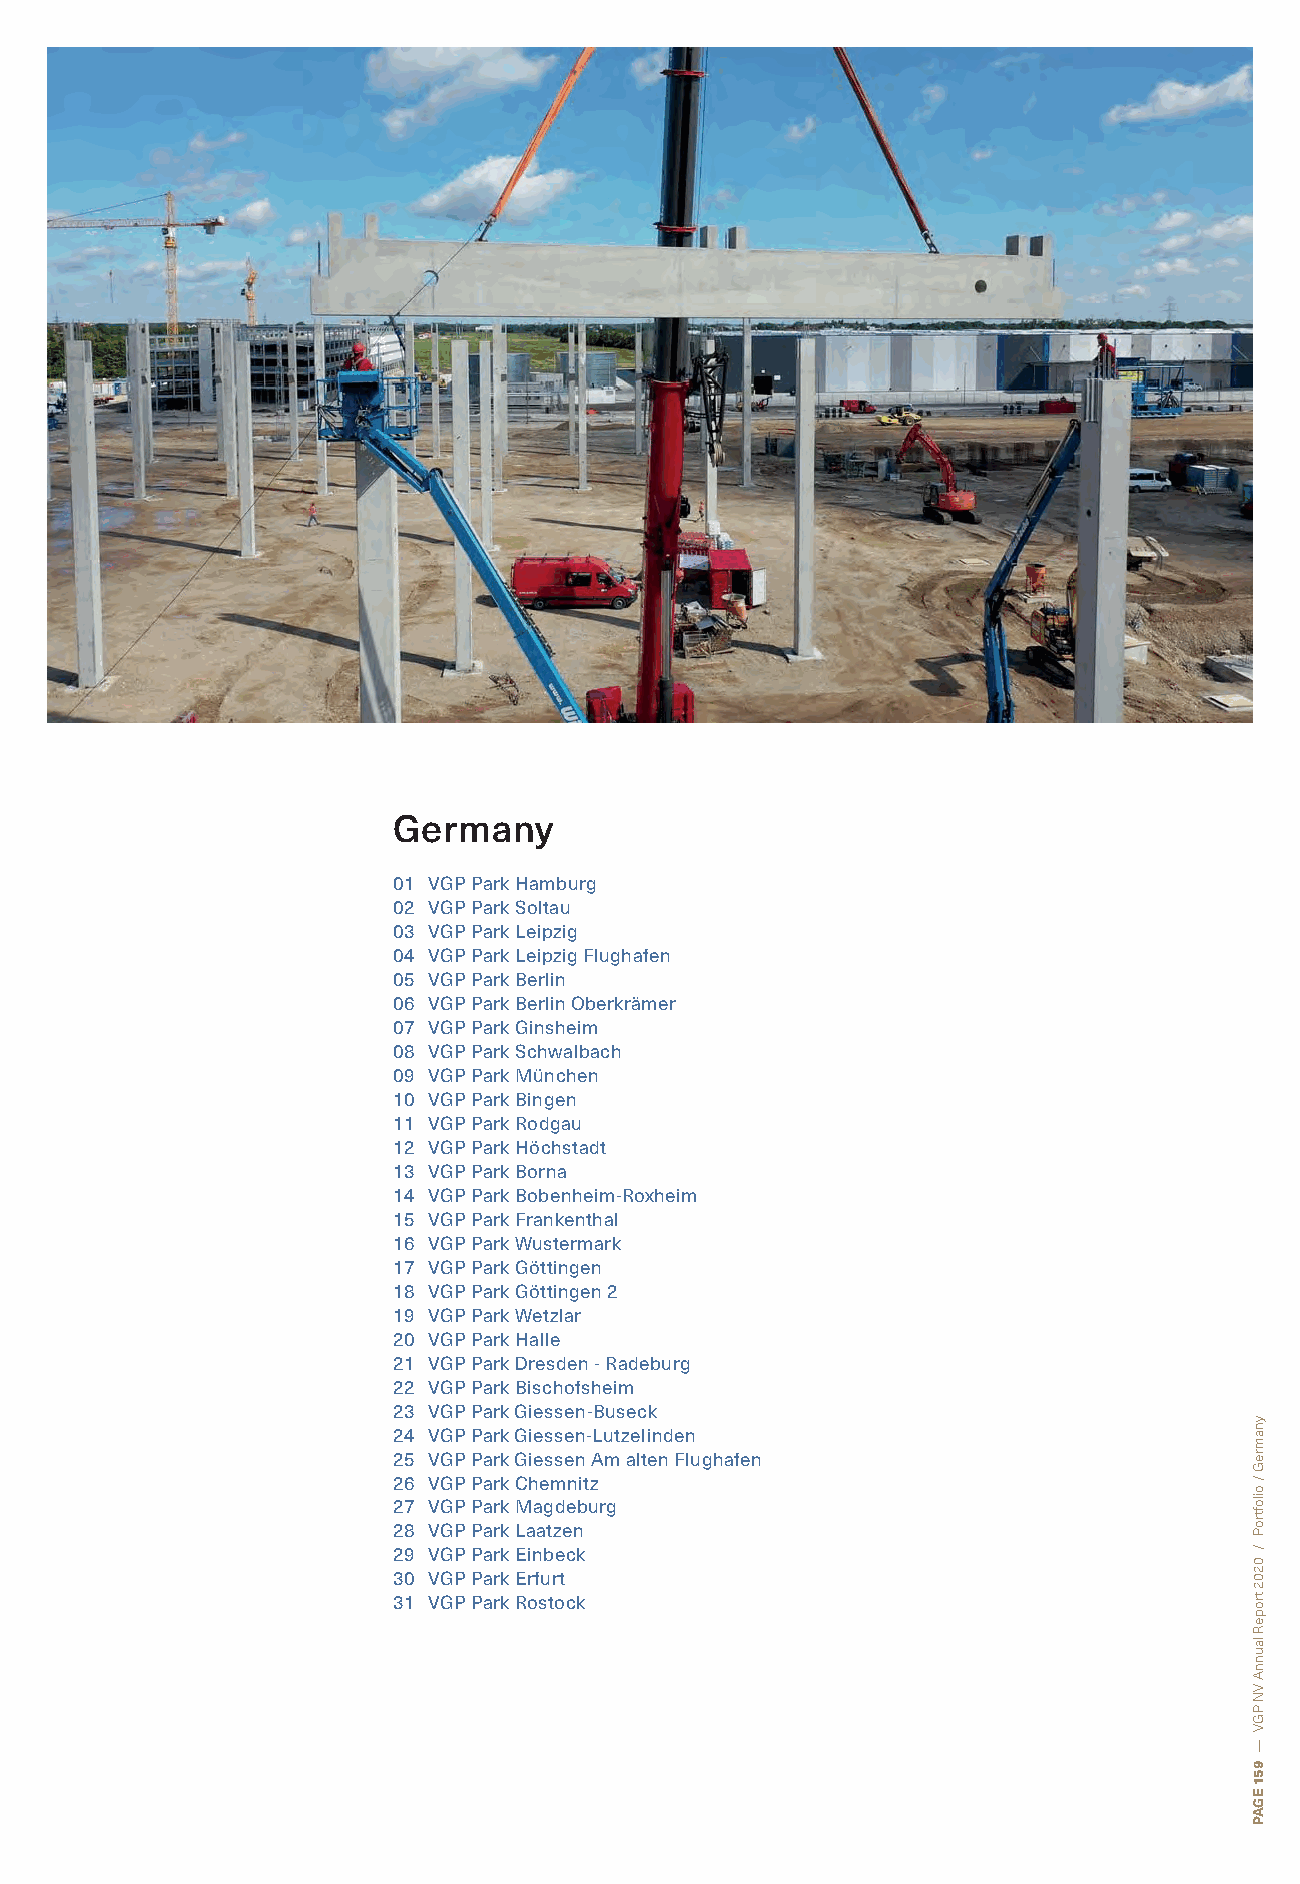
Germany
 01 VGP Park Hamburg
 02 VGP Park Soltau
 03 VGP Park Leipzig
 04 VGP Park Leipzig Flughafen
 05 VGP Park Berlin
 06 VGP Park Berlin Oberkrämer
 07 VGP Park Ginsheim
 08 VGP Park Schwalbach
 09 VGP Park München
 10 VGP Park Bingen
 11 VGP Park Rodgau
 12 VGP Park Höchstadt
 13 VGP Park Borna
 14 VGP Park Bobenheim-Roxheim
 15 VGP Park Frankenthal
 16 VGP Park Wustermark
 17 VGP Park Göttingen
 18 VGP Park Göttingen 2
 19 VGP Park Wetzlar
 20 VGP Park Halle
 21 VGP Park Dresden - Radeburg
 22 VGP Park Bischofsheim
 23 VGP Park Giessen-Buseck
 24 VGP Park Giessen-Lutzelinden
 25 VGP Park Giessen Am alten Flughafen
 26 VGP Park Chemnitz
 27 VGP Park Magdeburg
 28 VGP Park Laatzen
 29 VGP Park Einbeck
 30 VGP Park Erfurt
 31 VGP Park Rostock
 ynamreG
 /
 oiloftroP
 /
 0202
 tropeR
 launnA
 VN
 PGV
 —
 951
 EGAP